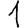
Digit: 1